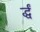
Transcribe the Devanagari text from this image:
र्द्धं